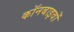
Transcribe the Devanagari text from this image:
कॉनबाइवों